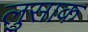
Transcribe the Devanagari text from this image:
लुसाक